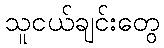
သူငယ်ချင်းတွေ